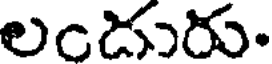
లండురు.